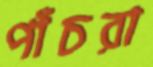
পাঁচরা